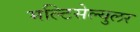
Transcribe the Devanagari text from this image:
मल्टिसेल्युलर